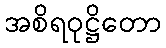
အစိရဝုဋ္ဌိတော